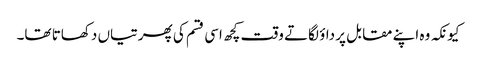
کیونکہ وہ اپنے مقابل پر داؤ لگاتے وقت کچھ اسی قسم کی پھرتیاں دکھاتا تھا۔